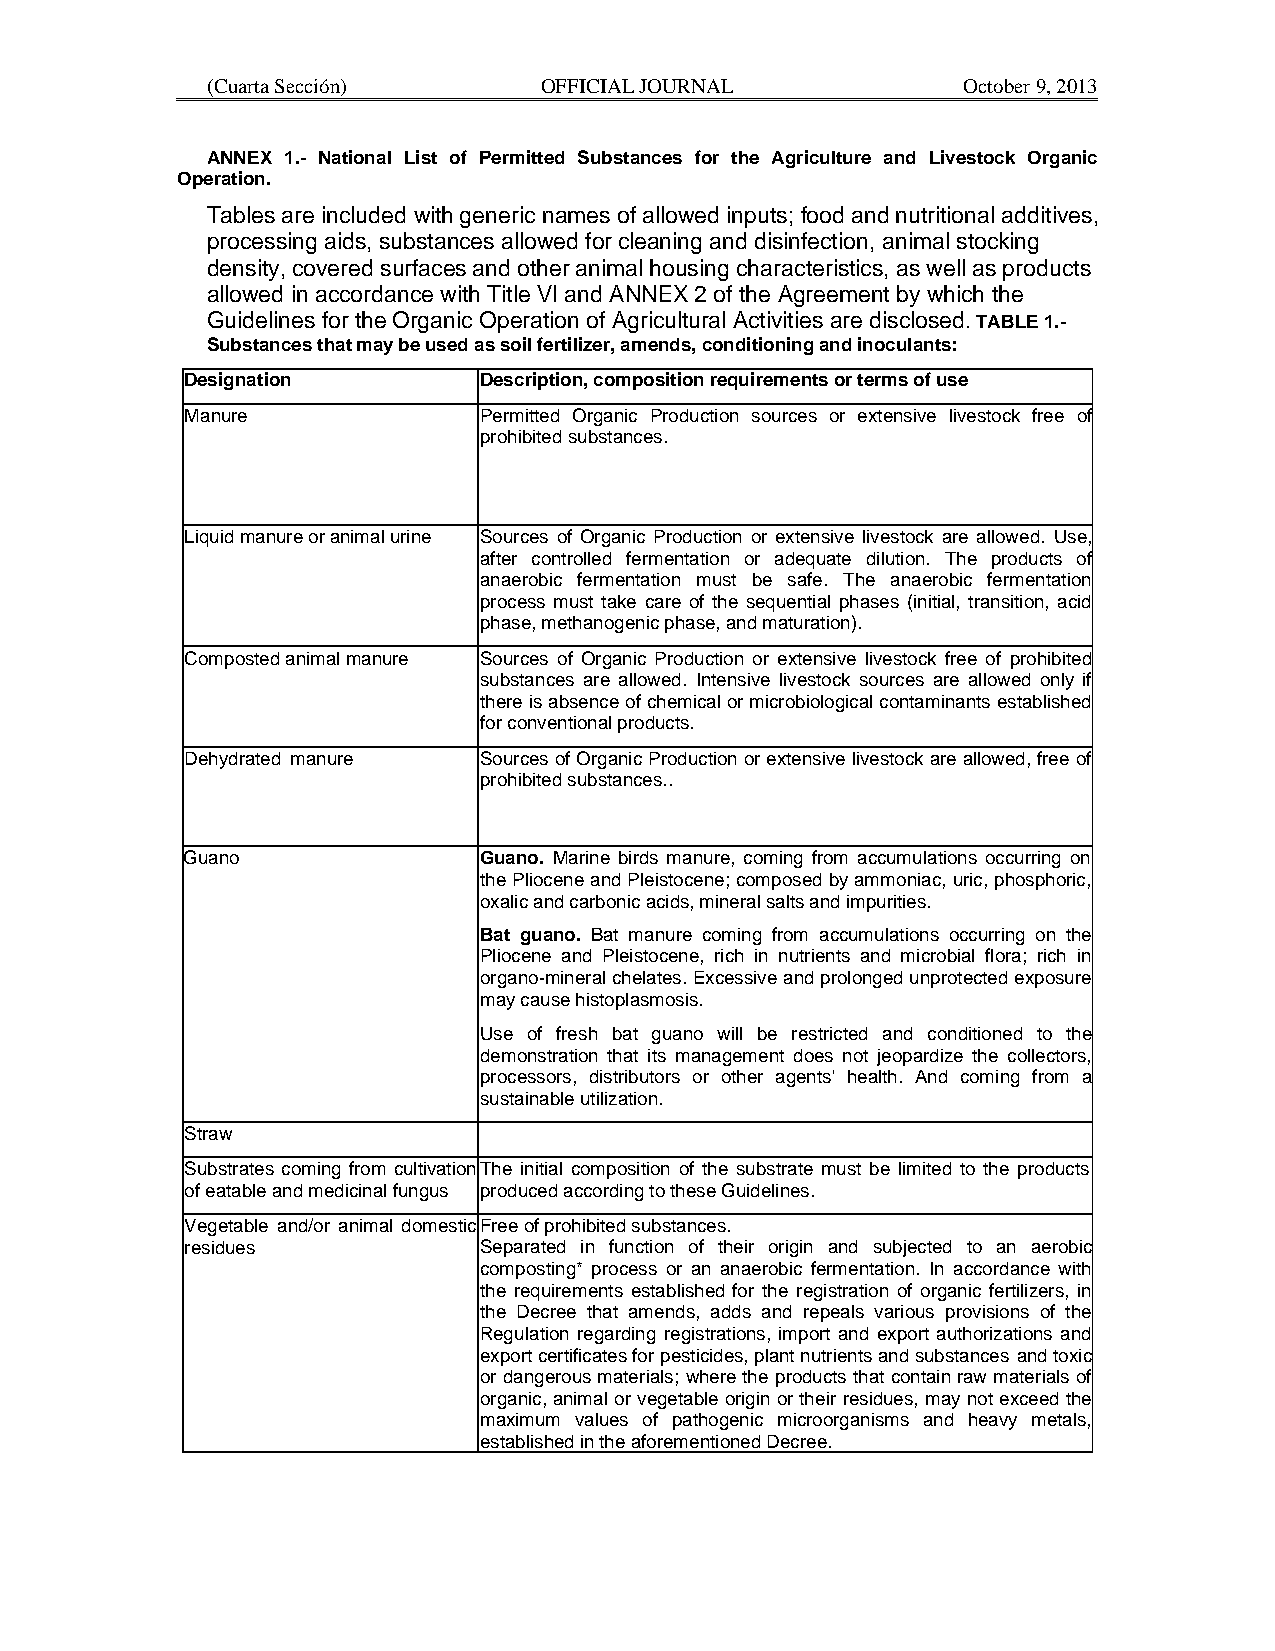
(Cuarta Sección)      OFFICIAL JOURNAL            October 9, 2013
 ANNEX 1.- National List of Permitted Substances for the Agriculture and Livestock Organic
 Operation.
 Tables are included with generic names of allowed inputs; food and nutritional additives,
 processing aids, substances allowed for cleaning and disinfection, animal stocking
 density, covered surfaces and other animal housing characteristics, as well as products
 allowed in accordance with Title VI and ANNEX 2 of the Agreement by which the
 Guidelines for the Organic Operation of Agricultural Activities are disclosed. TABLE 1.-
 Substances that may be used as soil fertilizer, amends, conditioning and inoculants:
 Designation         Description, composition requirements or terms of use
 Manure              Permitted Organic Production sources or extensive livestock free of
 prohibited substances.
 Liquid manure or animal urine Sources of Organic Production or extensive livestock are allowed. Use,
 after controlled fermentation or adequate dilution. The products of
 anaerobic fermentation must be safe. The anaerobic fermentation
 process must take care of the sequential phases (initial, transition, acid
 phase, methanogenic phase, and maturation).
 Composted animal manure Sources of Organic Production or extensive livestock free of prohibited
 substances are allowed. Intensive livestock sources are allowed only if
 there is absence of chemical or microbiological contaminants established
 for conventional products.
 Dehydrated manure   Sources of Organic Production or extensive livestock are allowed, free of
 prohibited substances..
 Guano               Guano. Marine birds manure, coming from accumulations occurring on
 the Pliocene and Pleistocene; composed by ammoniac, uric, phosphoric,
 oxalic and carbonic acids, mineral salts and impurities.
 Bat guano. Bat manure coming from accumulations occurring on the
 Pliocene and Pleistocene, rich in nutrients and microbial flora; rich in
 organo-mineral chelates. Excessive and prolonged unprotected exposure
 may cause histoplasmosis.
 Use of fresh bat guano will be restricted and conditioned to the
 demonstration that its management does not jeopardize the collectors,
 processors, distributors or other agents' health. And coming from a
 sustainable utilization.
 Straw
 Substrates coming from cultivation The initial composition of the substrate must be limited to the products
 of eatable and medicinal fungus produced according to these Guidelines.
 Vegetable and/or animal domestic Free of prohibited substances.
 residues            Separated in function of their origin and subjected to an aerobic
 composting* process or an anaerobic fermentation. In accordance with
 the requirements established for the registration of organic fertilizers, in
 the Decree that amends, adds and repeals various provisions of the
 Regulation regarding registrations, import and export authorizations and
 export certificates for pesticides, plant nutrients and substances and toxic
 or dangerous materials; where the products that contain raw materials of
 organic, animal or vegetable origin or their residues, may not exceed the
 maximum values of pathogenic microorganisms and heavy metals,
 established in the aforementioned Decree.